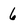
Character: 6